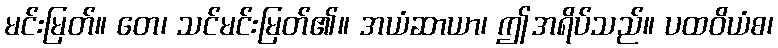
မင်းမြတ်။ တေ၊ သင်မင်းမြတ်၏။ အယံဆာယာ၊ ဤအရိပ်သည်။ ပထဝိယံစ၊